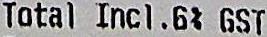
TOTAL INCL .6% GST